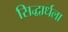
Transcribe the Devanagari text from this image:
सिद्धार्धला